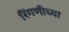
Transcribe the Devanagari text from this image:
रिंगणीच्या